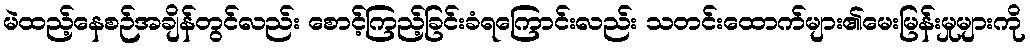
မဲထည့်နေစဉ်အချိန်တွင်လည်း စောင့်ကြည့်ခြင်းခံရကြောင်းလည်း သတင်းထောက်များ၏မေးမြန်းမှုများကို